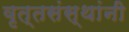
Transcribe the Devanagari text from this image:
वृत्तसंस्थांनी